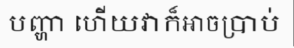
បញ្ហា ហើយវាក៏អាចប្រាប់